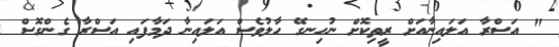
" އަސްރާ އަލައިނާއަށް ރީތިކޮށް ނުހިނގޭ ހާލުވެސް އަލައިނާ ދަމާފައި އަސްރާ ގެންގޮސް